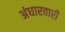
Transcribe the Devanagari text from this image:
अंधारवारी